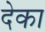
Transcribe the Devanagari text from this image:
देका